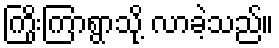
ကြိုးကြာရွာသို့ လာခဲ့သည်။